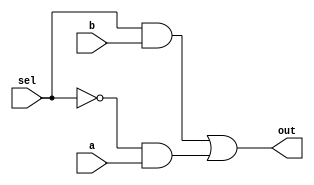
`timescale 1ns / 1ns
`celldefine
module mux (
     input     sel,
     input     a,
     input     b,
     output    out 
);
     not ( sel_ , sel );
     and ( selb , sel , b);
     and ( sela , sel_, a);
     or  ( out  , selb, sela);
endmodule 
`endcelldefine